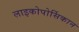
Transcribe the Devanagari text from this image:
लाइकोपोर्सिकान